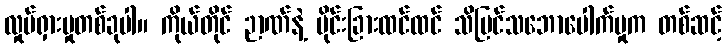
လှုပ်ရှားမှုတစ်ခုပါ။ ကိုယ်တိုင် ဉာဏ်နဲ့ ပိုင်းခြားထင်ထင် သိမြင်သဘောပေါက်မှုက တစ်ဆင့်